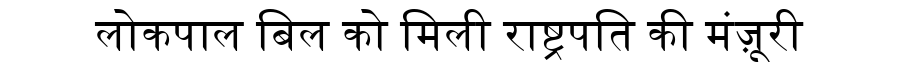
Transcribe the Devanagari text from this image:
लोकपाल बिल को मिली राष्ट्रपति की मंज़ूरी